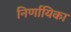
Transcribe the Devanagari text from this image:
निर्णायिका